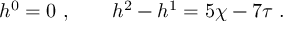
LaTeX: h ^ { 0 } = 0 \ , \qquad h ^ { 2 } - h ^ { 1 } = 5 \chi - 7 \tau \ .